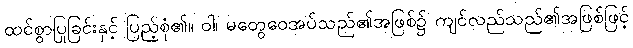
ထင်စွာပြုခြင်းနှင့် ပြည့်စုံ၏။ ဝါ၊ မတွေဝေအပ်သည်၏အဖြစ်၌ ကျင်လည်သည်၏အဖြစ်ဖြင့်